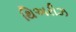
થિઅરીઝ